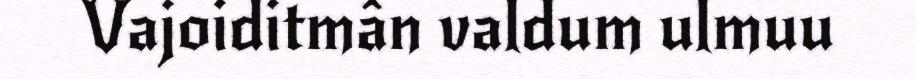
Vajoiditmân valdum ulmuu